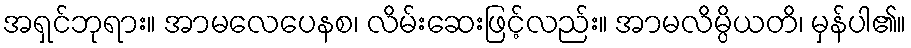
အရှင်ဘုရား။ အာမလေပေနစ၊ လိမ်းဆေးဖြင့်လည်း။ အာမလိမ္ပိယတိ၊ မှန်ပါ၏။